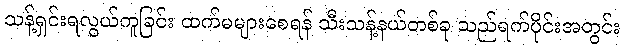
သန့်ရှင်းရလွယ်ကူခြင်း ထက်မများစေရန် သီးသန့်နယ်တစ်ခု သည်ရက်ပိုင်းအတွင်း